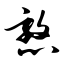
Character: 憝